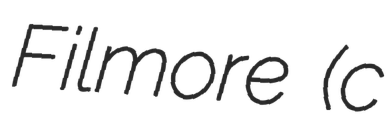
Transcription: Filmore (c